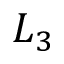
L _ { 3 }